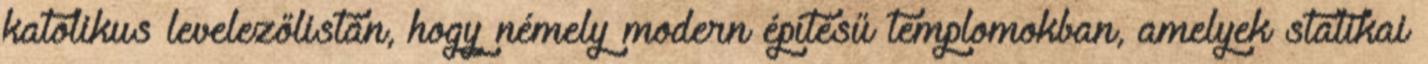
katoli­kus levelezőlistán, hogy némely modern építésű templomokban, a­me­lyek statikai